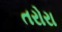
તરોરા